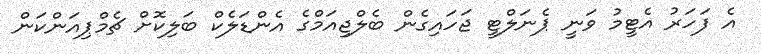
އެ ފަހަރު އެޓީމު ވަނީ ޕެނަލްޓީ ޖަހައިގެން ބެލްޖިއަމްގެ އެންޑަލެކް ބަލިކޮށް ޗެމްޕިއަންކަން